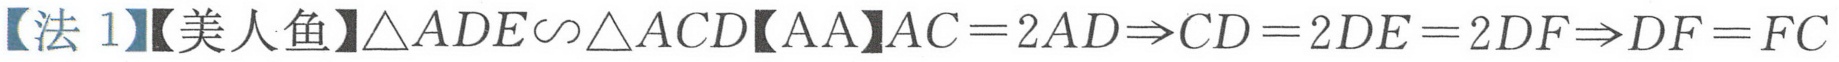
【法 1】【美人鱼】$\triangle ADE\sim\triangle ACD$【AA】$AC = 2AD\Rightarrow CD = 2DE = 2DF\Rightarrow DF = FC$